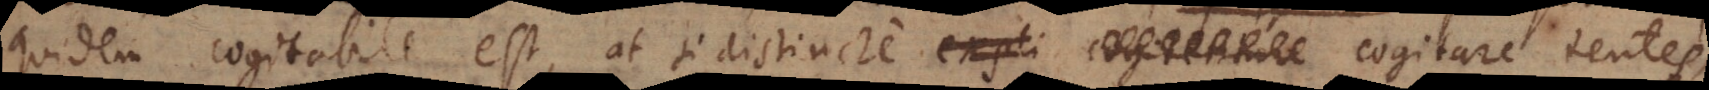
quidem cogitabile est, at si distincte expli cogitetur